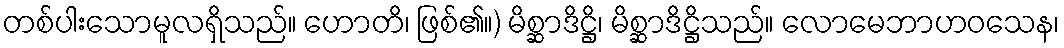
တစ်ပါးသောမူလရှိသည်။ ဟောတိ၊ ဖြစ်၏။) မိစ္ဆာဒိဋ္ဌိ၊ မိစ္ဆာဒိဋ္ဌိသည်။ လောမေဘာဟဝသေန၊